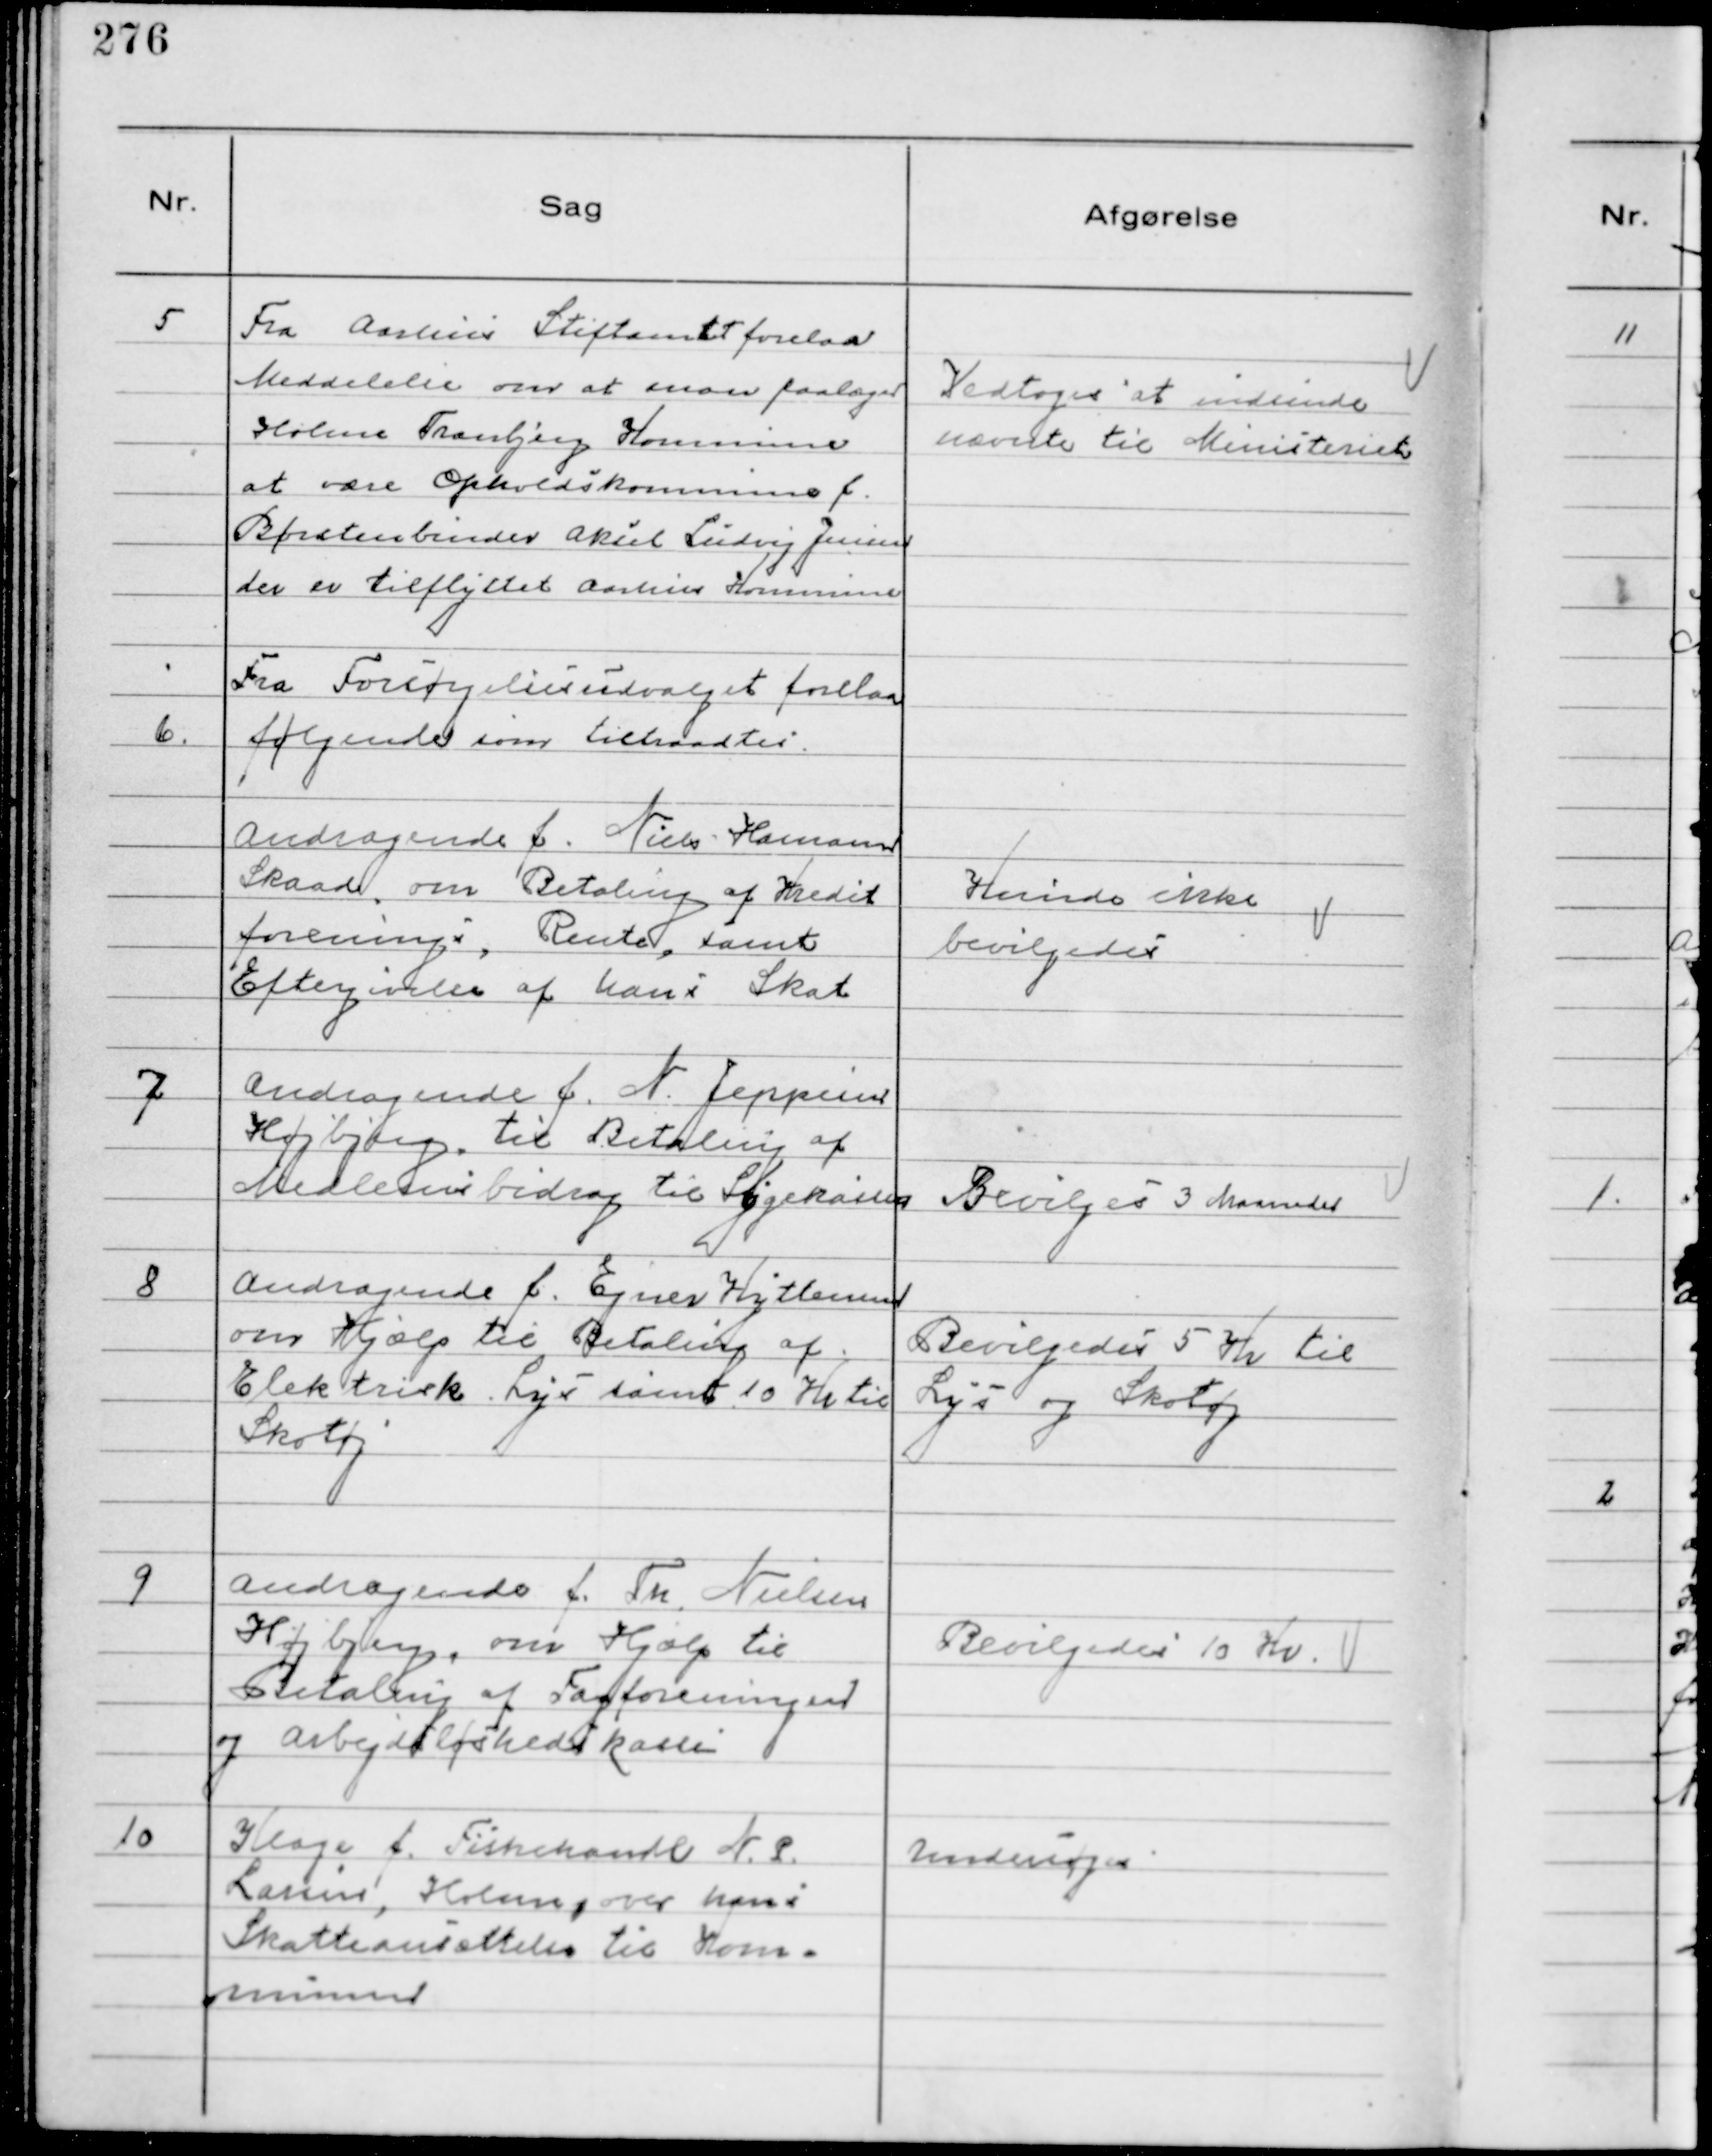
Transskription:
5
Fra Aarhus Stiftamt forelaa
Meddelelse om at man paalæger
Holme Tranbjerg Kommune
at være Opholdskommune f.
Børstenbinder Aksel Ludvig Jensen
der er tilflyttet Aarhus Kommune

Vedtoges at indsende
nævnte til Ministeriet

Fra Forsørgelsesudvalget forelaa
følgende som tiltraadtes.
6.
Andragende f. Niels Hamann
Skaade om Betaling af Kredit
forenings, Rente, samt
Eftergivelse af hans Skat

Kunde ikke
Bevilgedes

7
Andragende f. N. Jeppesen
Højbjerg, til Betaling af
Medlemsbidrag til Sygekassen

Bevilges 3 Maaneder

8
Andragende f. Ejner Hytteman
om Hjælp til Betaling af
Elektrisk Lys samt 10 Kr til
Skotøj

Bevilgedes 5 Kr til
Lys og Skotøj

9
Andragende f. Th. Nielsen
Højbjerg, om Hjælp til
Betaling af Fagforeningen
og Arbejdsløshedskasse

Bevilgedes 10 Kr.

10
Klage f. Fiskehandl N. P. 
Larsen, Holme, over hans
Skatteansættelse til Kom-
munen

Undersøges